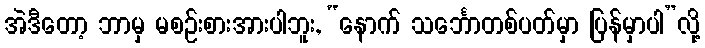
အဲဒီတော့ ဘာမှ မစဉ်းစားအားပါဘူး, “နောက် သင်္ဘောတစ်ပတ်မှာ ပြန်မှာပါ”လို့